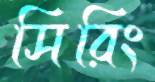
সিরিং